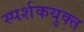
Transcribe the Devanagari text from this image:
स्पर्शकयुक्त